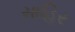
સાહિર